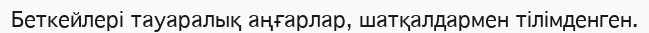
Беткейлері тауаралық аңғарлар, шатқалдармен тілімденген.